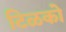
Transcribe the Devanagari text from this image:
टिळको